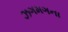
ઝગમગના